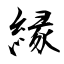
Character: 縁